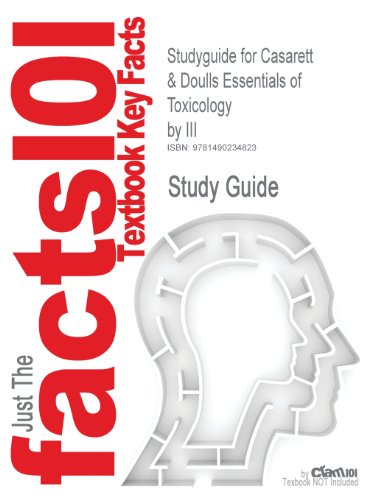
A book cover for Studyguide for Casarett & Doulls Essentials of Toxicology by III; Cram101 Textbook Reviews; Medical Books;